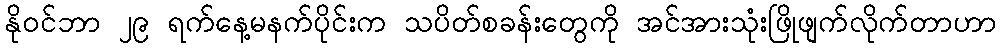
နိုဝင်ဘာ ၂၉ ရက်နေ့မနက်ပိုင်းက သပိတ်စခန်းတွေကို အင်အားသုံးဖြိုဖျက်လိုက်တာဟာ